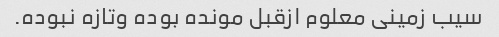
سیب زمینی معلوم ازقبل مونده بوده وتازه نبوده.